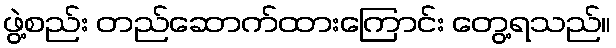
ဖွဲ့စည်း တည်ဆောက်ထားကြောင်း တွေ့ရသည်။